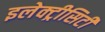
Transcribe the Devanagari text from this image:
इलेक्ट्रीसिटी